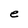
Character: e